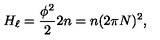
H _ { \ell } = \frac { \phi ^ { 2 } } { 2 } 2 n = n ( 2 \pi N ) ^ { 2 } ,